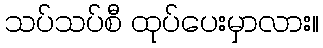
သပ်သပ်စီ ထုပ်ပေးမှာလား။